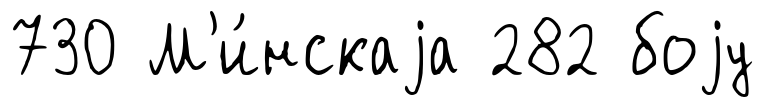
730 М'и́нскаjа 282 боjу